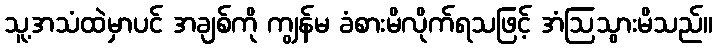
သူ့အသံထဲမှာပင် အချစ်ကို ကျွန်မ ခံစားမိလိုက်ရသဖြင့် အံဩသွားမိသည်။